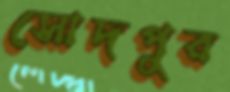
সোদপুর